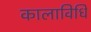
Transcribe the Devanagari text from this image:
कालाविधि